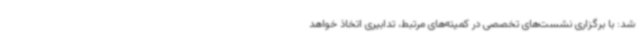
شد: با برگزاری نشست‌های تخصصی در کمیته‌های مرتبط، تدابیری اتخاذ خواهد